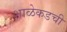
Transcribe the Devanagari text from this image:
शाळेकडची